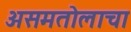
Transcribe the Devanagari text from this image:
असमतोलाचा